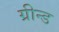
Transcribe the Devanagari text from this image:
ग्रीन्ड